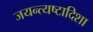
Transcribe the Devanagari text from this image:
जयन्त्यष्टादिशा